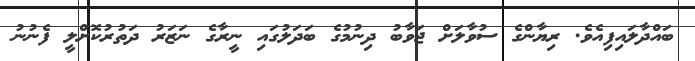
ބައްދާލައިފިއެވެ. ރިޔާންގެ ސުވާލަށް ޖަވާބު ދިނުމުގެ ބަދަލުގައި ނީރާގެ ނަޒަރު ދަތުރުކޮށްލީ ފެނުނު